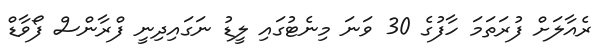
ރެއާލަށް ފުރަތަމަ ހާފުގެ 30 ވަނަ މިނެޓުގައި ލީޑު ނަގައިދިނީ ފްރާންސް ފޯވާޑް